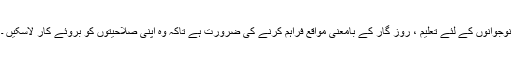
نوجوانوں کے لئے تعلیم ، روز گار کے بامعنی مواقع فراہم کرنے کی ضرورت ہے تاکہ وہ اپنی صلاحیتوں کو بروئے کار لاسکیں ۔